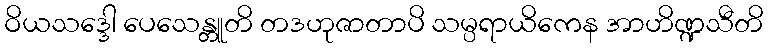
ဝိယသဒ္ဒေါ ပေသေန္တူတိ တဒဟုဇာတာပိ သမ္ပရာယိကေန အာဟိဏ္ဍသီတိ